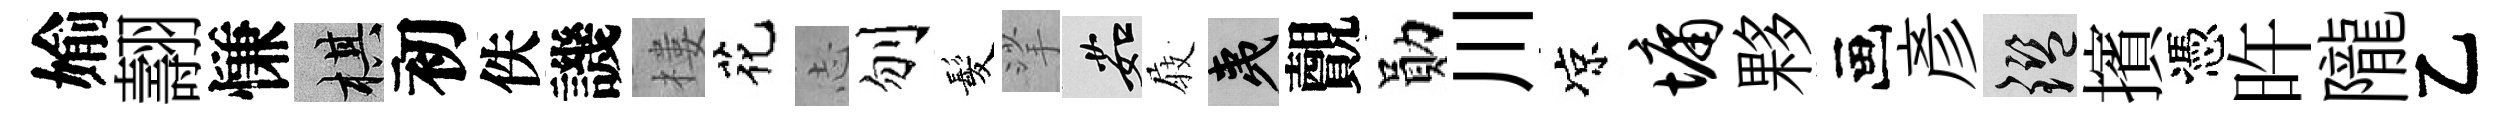
媮翿慊棋初佚譏樓花𢖽刎髪挲茹𡲆夷覿勛川凉墉夥画彥鑒擯憑旿隴乙